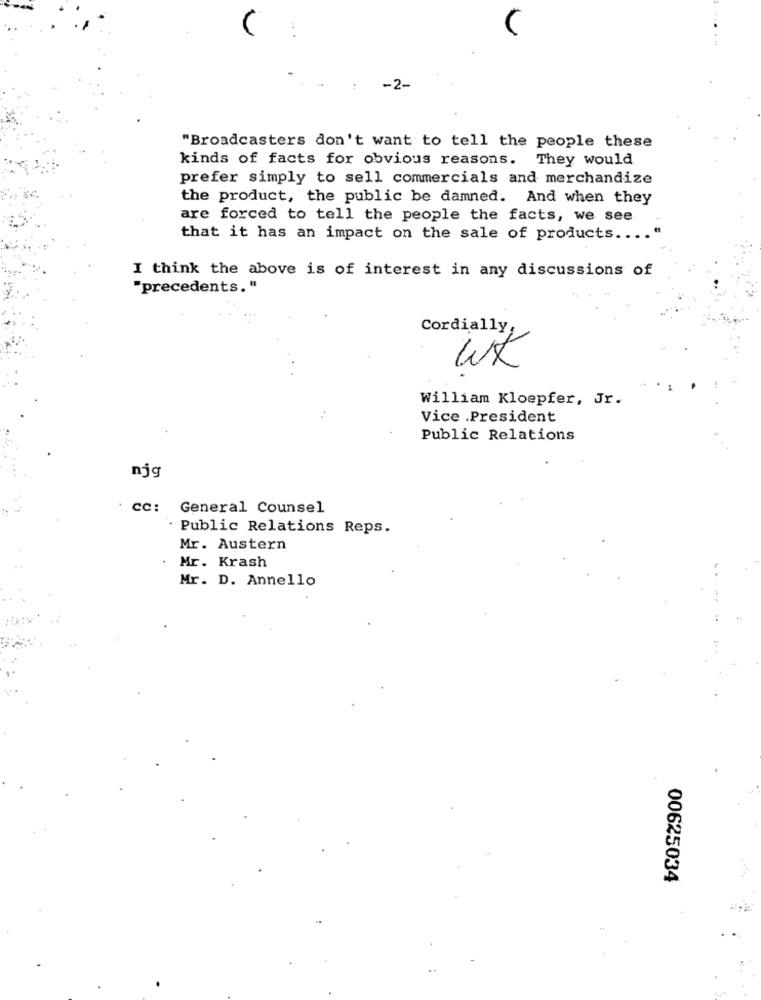
-2-
"Broadcasters don't want to tell the people these
kinds of facts for obvious reasons. They would
prefer simply to sell commercials and merchandize
the product, the public be damned. And when they
are forced to tell the people the facts, we see
that it has an impact on the sale of products ..
I think the above is of interest in any discussions of
"precedents. "
Cordially,
Wx
William Kloepfer, Jr.
Vice .President
Public Relations
njg
CC: General Counsel
Public Relations Reps.
Mr. Austern
Mr. Krash
Mr. D. Annello
00625034